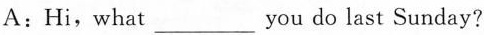
A：Hi,what___you do last Sunday？